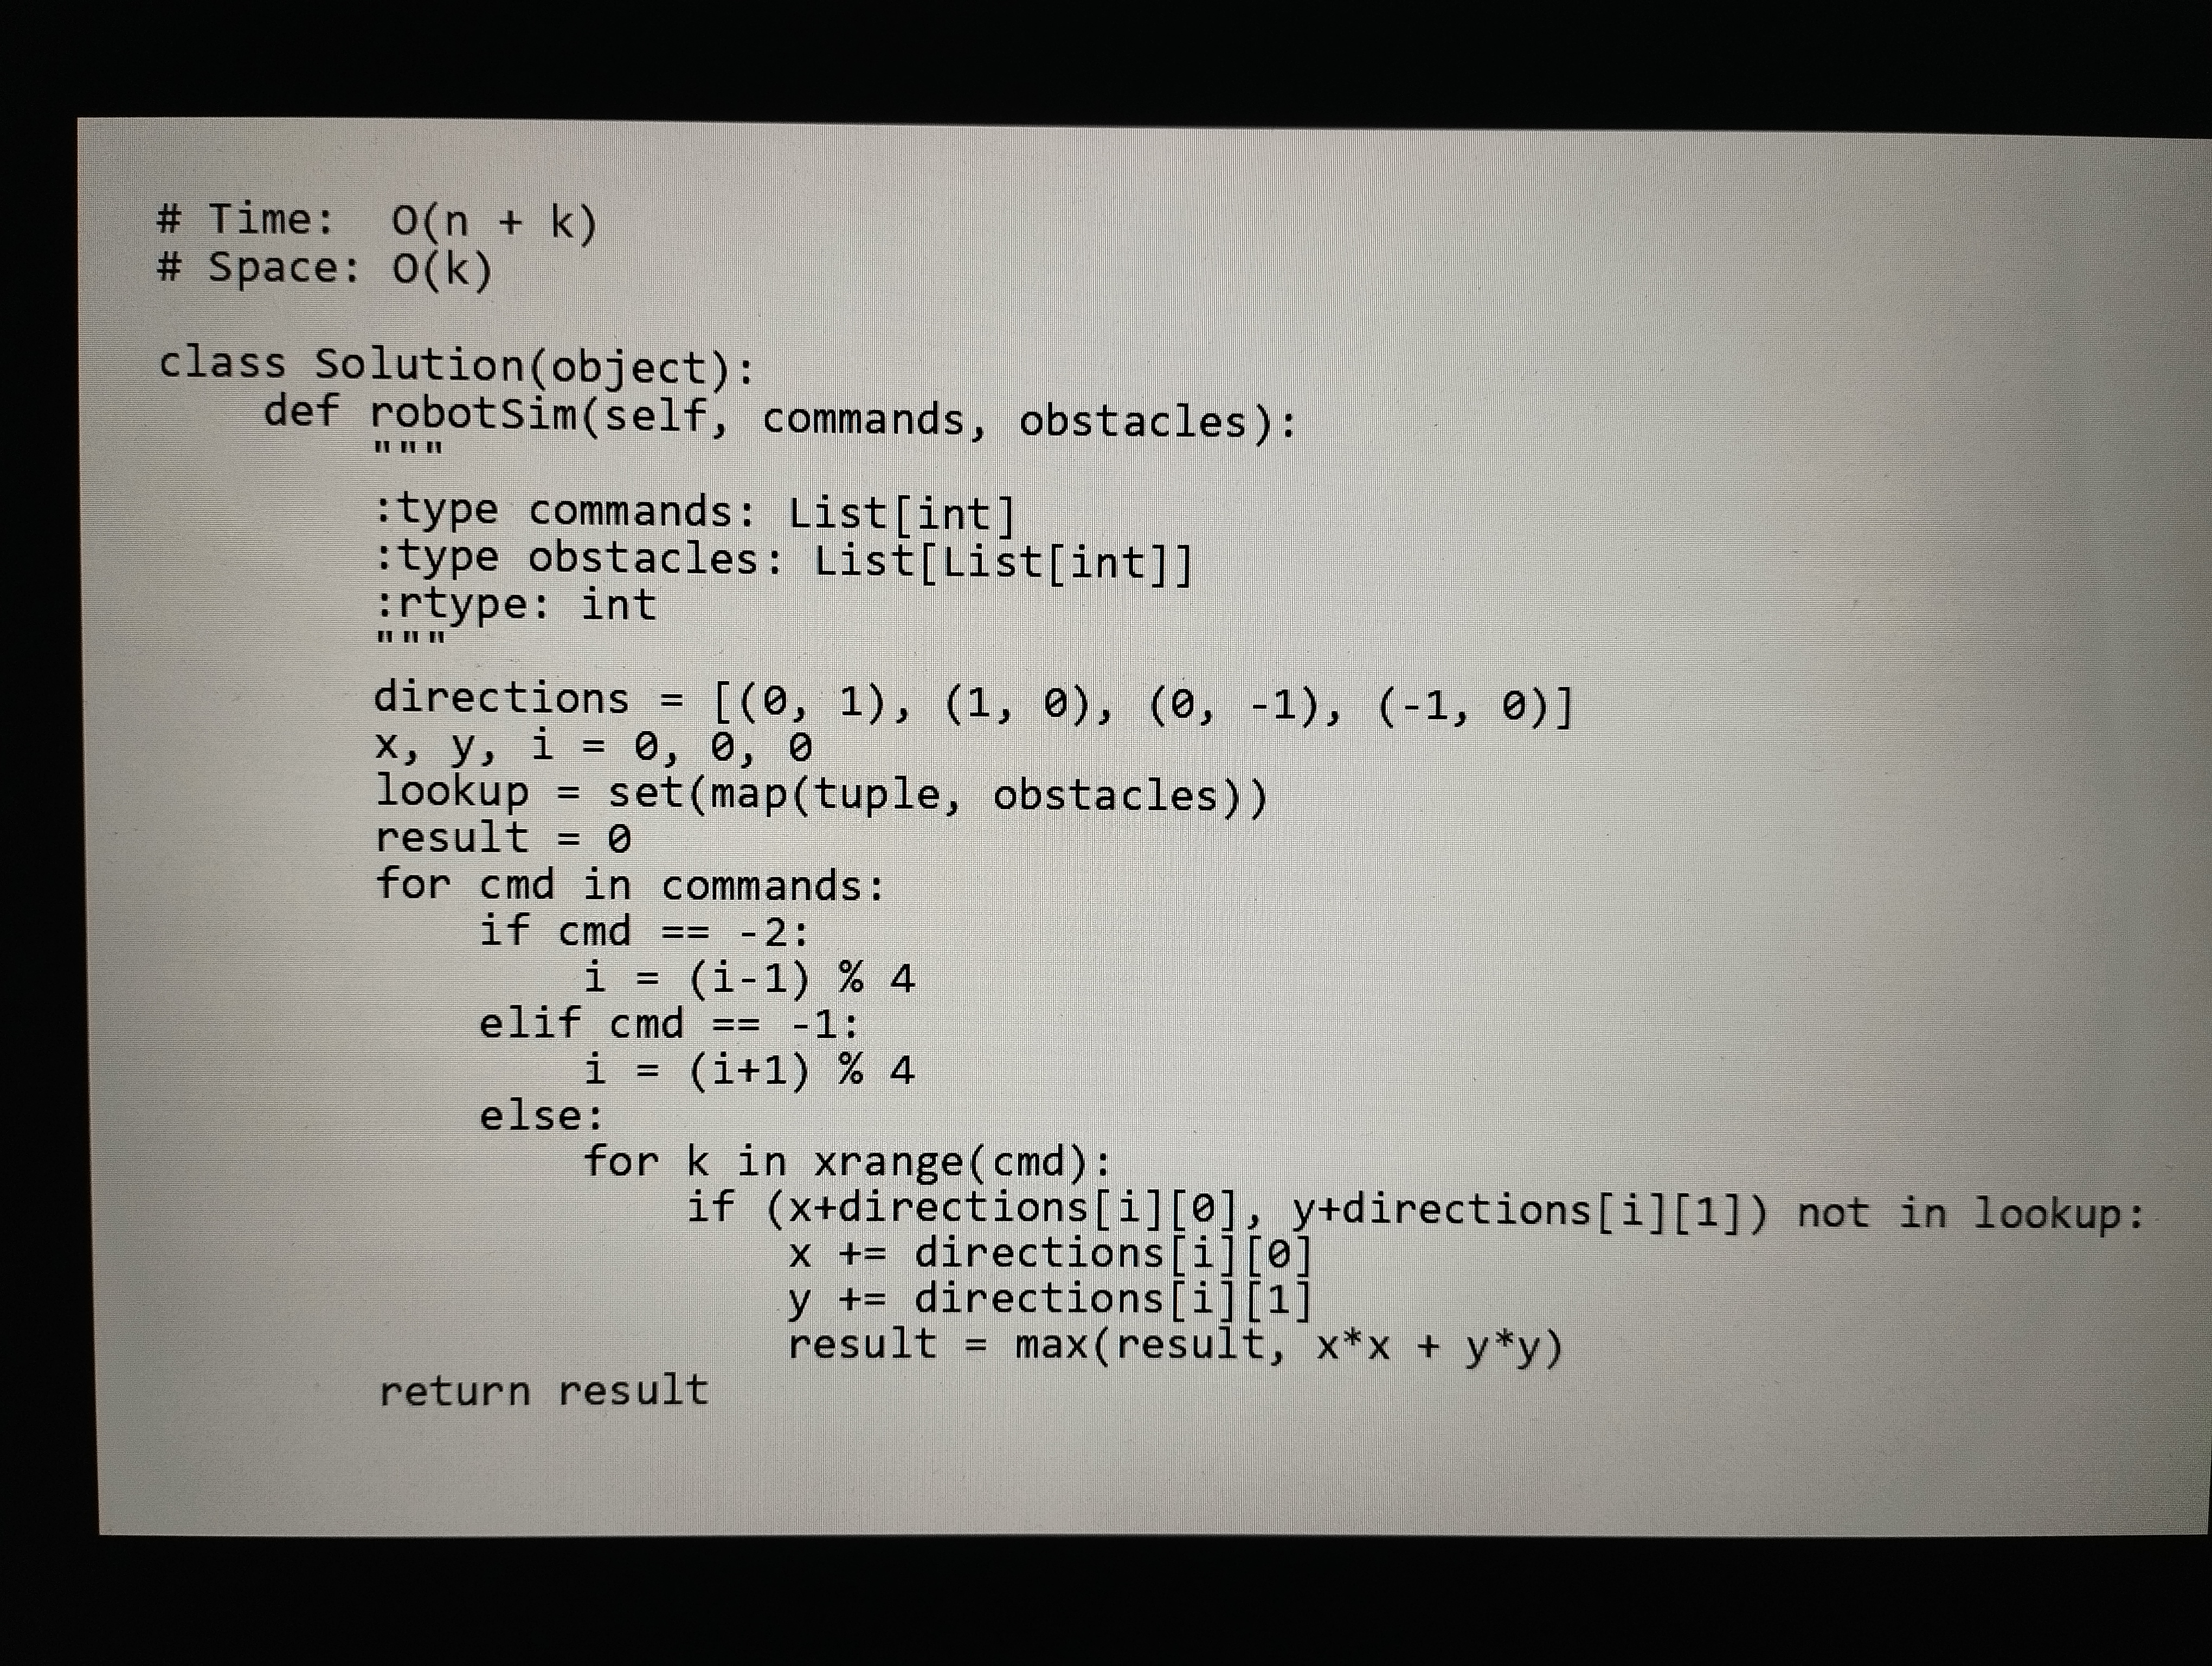
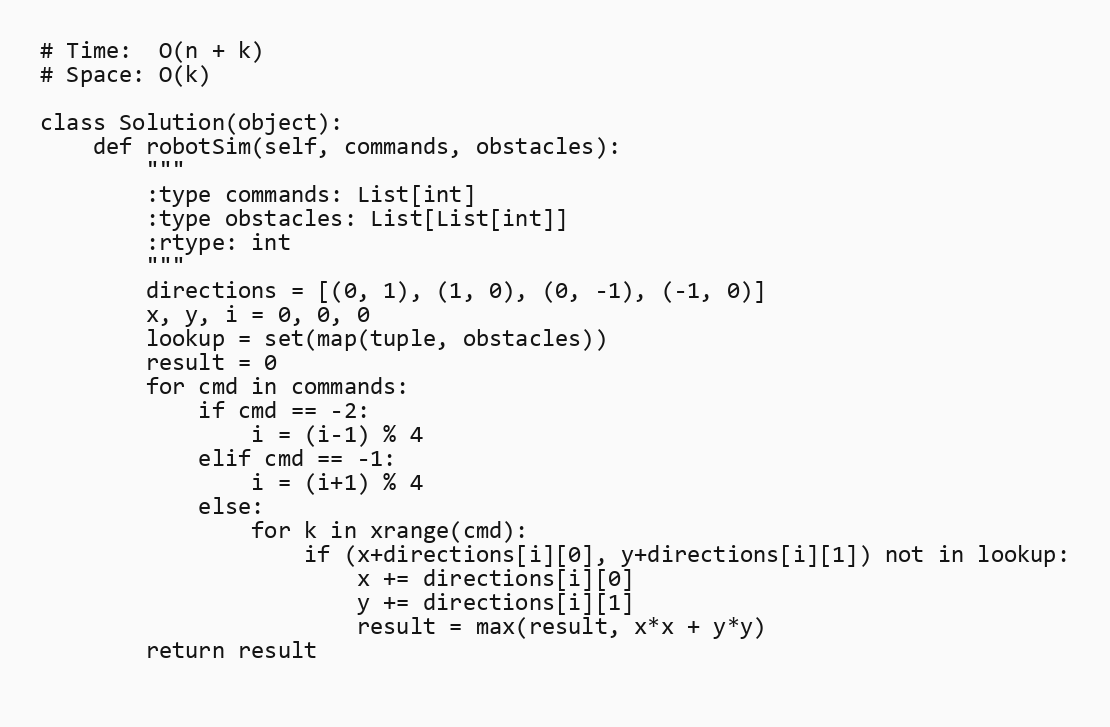
# Time:  O(n + k)
# Space: O(k)

class Solution(object):
    def robotSim(self, commands, obstacles):
        """
        :type commands: List[int]
        :type obstacles: List[List[int]]
        :rtype: int
        """
        directions = [(0, 1), (1, 0), (0, -1), (-1, 0)]
        x, y, i = 0, 0, 0
        lookup = set(map(tuple, obstacles))
        result = 0
        for cmd in commands:
            if cmd == -2:
                i = (i-1) % 4
            elif cmd == -1:
                i = (i+1) % 4
            else:
                for k in xrange(cmd):
                    if (x+directions[i][0], y+directions[i][1]) not in lookup:
                        x += directions[i][0]
                        y += directions[i][1]
                        result = max(result, x*x + y*y)
        return result